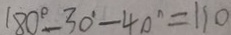
1 8 0 ^ { \circ } - 3 0 ^ { \circ } - 4 0 ^ { \circ } = 1 1 0